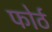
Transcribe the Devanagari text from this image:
फोर्ठ